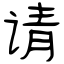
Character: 请